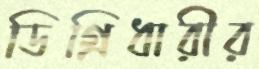
ডিগ্রিধারীর